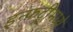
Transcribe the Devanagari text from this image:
इन्फंट्रीमध्ये